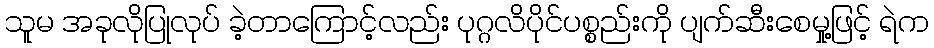
သူမ အခုလိုပြုလုပ် ခဲ့တာကြောင့်လည်း ပုဂ္ဂလိပိုင်ပစ္စည်းကို ပျက်ဆီးစေမှု့ဖြင့် ရဲက